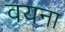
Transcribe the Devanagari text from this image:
वयना